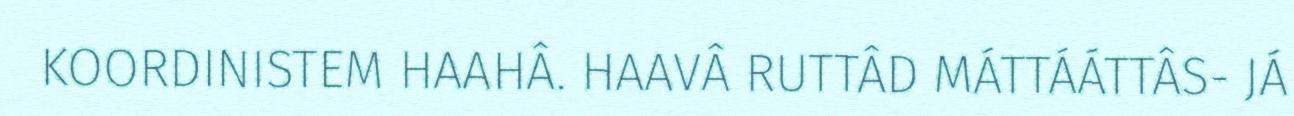
KOORDINISTEM HAAHÂ. HAAVÂ RUTTÂD MÁTTÁÁTTÂS- JÁ